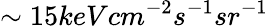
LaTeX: \sim 15keVcm^{-2}s^{-1}sr^{-1}